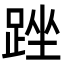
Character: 䟶